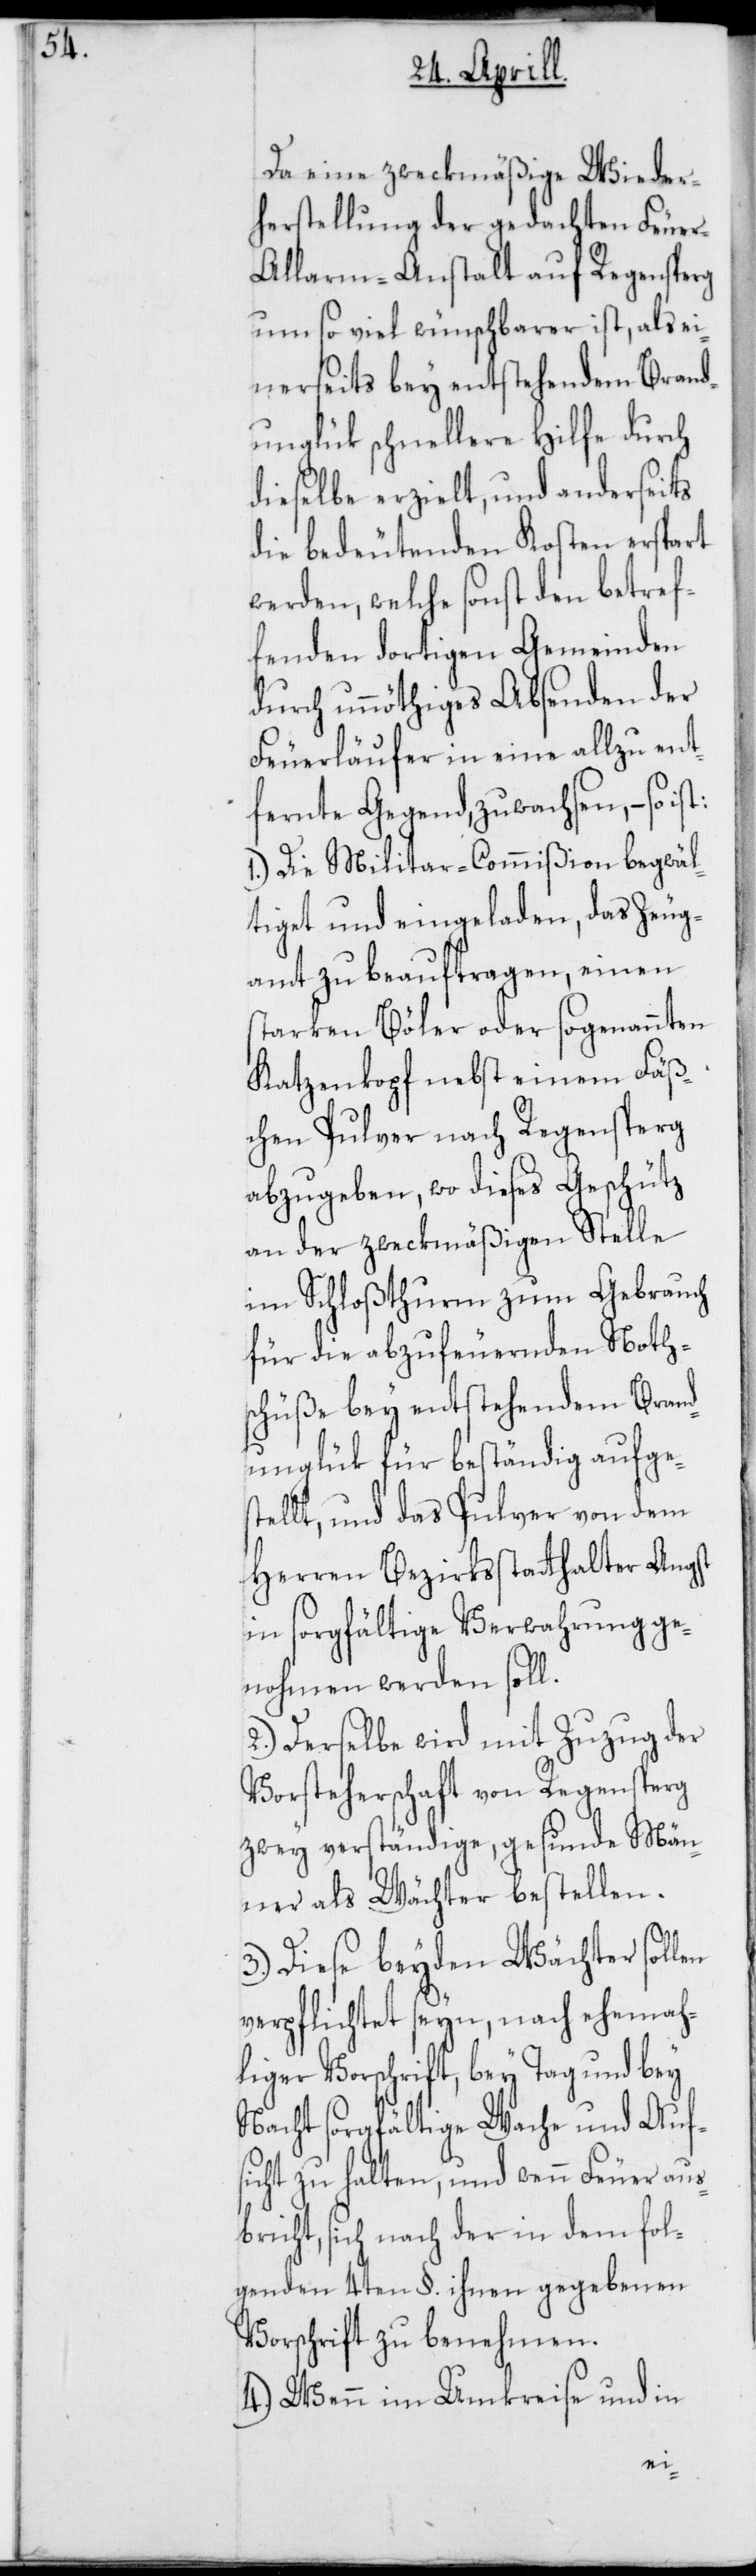
Da eine zweckmäßige Wieder¬
herstellung der gedachten Feue¬
r-Alarm-Anstalt auf Regensperg
um so viel wünschbarer ist, als ei¬
nerseits bey entstehendem Brand¬
unglück schnellere Hilfe durch
dieselbe erzielt, und anderseits
die bedeutenden Kosten erspart
werden, welche sonst den betref¬
fenden dortigen Gemeinden
durch unnöthiges Absenden der
Feuerläufer in eine allzu ent¬
fernte Gegend, zuwachsen, – so
1.) Die Militar-Commißion begwäl¬
tiget und eingeladen, das Zeug¬
amt zu beauftragen, einen
starken Böler oder sogenannten
Katzenkopf nebst einem Fäß¬
chen Pulver nach Regensperg
abzugeben, wo dieses Geschütz
an der zweckmäßigen Stelle
im Schloßthurm zum Gebrauch
für die abzufeuernden Noth¬
schüße bey entstehendem Brand¬
unglük für beständig aufge¬
stellt, und das Pulver von dem
Herren Bezirksstatthalter Angst
in sorgfältige Verwahrung ge¬
nohmen werden soll.
2.) Derselbe wird mit Zuzug der
Vorsteherschaft von Regensperg
zwey verständige gesunde Män¬
ner als Wächter bestellen.
3.) Diese beyden Wächter soll¬
verpflichtet seyn, nach ehemah¬
liger Vorschrift, bey Tag und bey
Nacht sorgfältige Wache und Auf¬
sicht zu halten, und wenn Feuer aus¬
bricht, sich nach der in dem fol¬
genden 4ten §. ihnen gegebenen
Vorschrift zu benehmen.
4.) Wenn im Umkreise und in
en